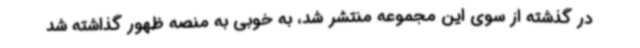
در گذشته از سوی این مجموعه منتشر شد، به خوبی به منصه ظهور گذاشته شد